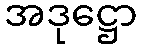
အဒုဋ္ဌော